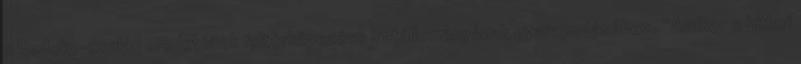
a Bodoky-család eredetének feltérképezése iratállományának gyarapodásához. “Amikor a hitleri